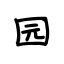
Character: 园